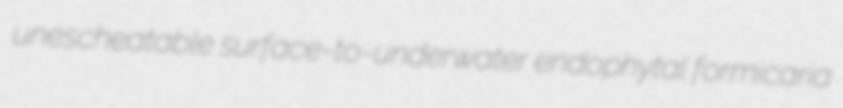
unescheatable surface-to-underwater endophytal formicaria